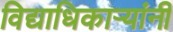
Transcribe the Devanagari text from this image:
विद्याधिकार्‍यांनी